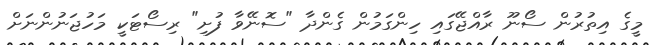
މީގެ އިތުރުން ސޯނޫ ރާއްޖޭގައި ހިންގަމުން ގެންދާ "ސޮނޭވާ ފުށި" ރިސޯޓަކީ މަހުޖަނުންނަށް